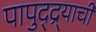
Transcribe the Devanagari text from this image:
पापुद्द्र्याची